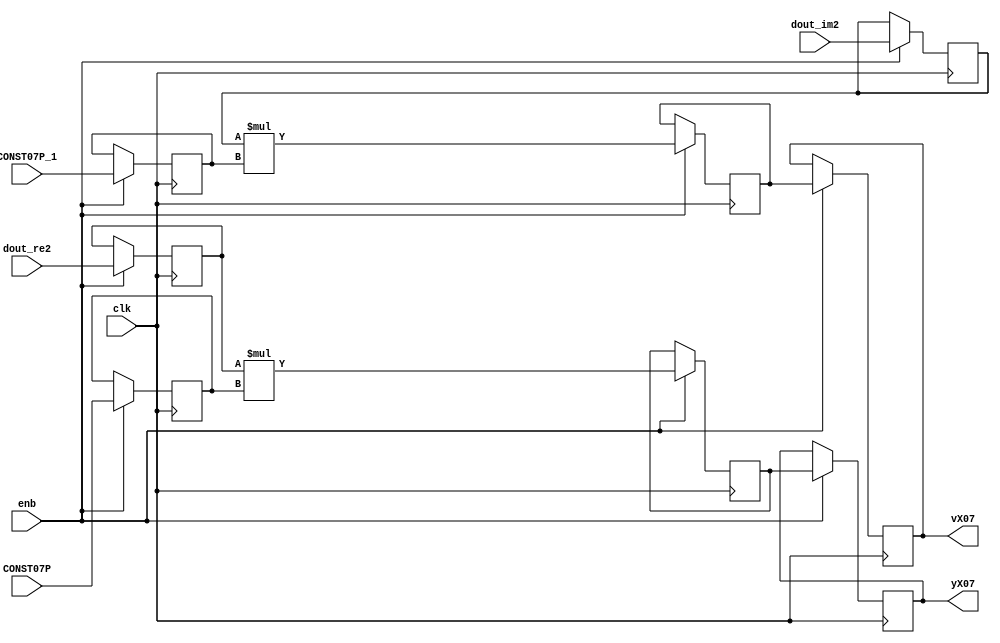
// -------------------------------------------------------------
// 
// 
// Generated by MATLAB 8.5 and HDL Coder 3.6
// 
// -------------------------------------------------------------


// -------------------------------------------------------------
// 
// Module: ComplexMultiply
// Source Path: fft_st/fft_st/FFT HDL Optimized/RADIX2FFT_KernelF_3/ComplexMultiply
// Hierarchy Level: 3
// 
// -------------------------------------------------------------

`timescale 1 ns / 1 ns

module ComplexMultiply
          (
           clk,
           enb,
           dout_re2,
           dout_im2,
           CONST07P,
           CONST07P_1,
           yX07,
           vX07
          );


  input   clk;
  input   enb;
  input   signed [15:0] dout_re2;  // sfix16
  input   signed [15:0] dout_im2;  // sfix16
  input   signed [15:0] CONST07P;  // sfix16_En14
  input   signed [15:0] CONST07P_1;  // sfix16_En14
  output  signed [31:0] yX07;  // sfix32_En14
  output  signed [31:0] vX07;  // sfix32_En14


  reg signed [15:0] ComplexMultiply_din1_pipe1;  // sfix16
  reg signed [15:0] ComplexMultiply_din2_pipe1;  // sfix16
  reg signed [31:0] ComplexMultiply_mult1_pipe1;  // sfix32
  reg signed [31:0] ComplexMultiply_mult2_pipe1;  // sfix32
  reg signed [15:0] ComplexMultiply_twiddle_re_pipe1;  // sfix16
  reg signed [15:0] ComplexMultiply_twiddle_im_pipe1;  // sfix16
  reg signed [31:0] yX07_1;  // sfix32_En14
  reg signed [31:0] vX07_1;  // sfix32_En14


  // ComplexMultiply
  always @(posedge clk)
    begin : ComplexMultiply_1_process
      if (enb) begin
        yX07_1 <= ComplexMultiply_mult1_pipe1;
        vX07_1 <= ComplexMultiply_mult2_pipe1;
        ComplexMultiply_twiddle_re_pipe1 <= CONST07P;
        ComplexMultiply_twiddle_im_pipe1 <= CONST07P_1;
        ComplexMultiply_din1_pipe1 <= dout_re2;
        ComplexMultiply_din2_pipe1 <= dout_im2;
        ComplexMultiply_mult1_pipe1 <= ComplexMultiply_din1_pipe1 * ComplexMultiply_twiddle_re_pipe1;
        ComplexMultiply_mult2_pipe1 <= ComplexMultiply_din2_pipe1 * ComplexMultiply_twiddle_im_pipe1;
      end
    end



  assign yX07 = yX07_1;

  assign vX07 = vX07_1;

endmodule  // ComplexMultiply